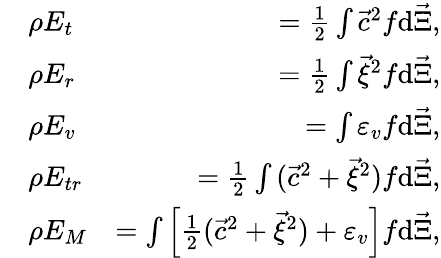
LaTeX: \begin{array}{rlr}&{\rho E_{t}}&{=\frac{1}{2}\int{{\vec{c}}^{2}f\mathrm{d}{\vec{\Xi}}},}\\ &{\rho E_{r}}&{=\frac{1}{2}\int{{\vec{\xi}}^{2}f\mathrm{d}\vec{\Xi}},}\\ &{\rho E_{v}}&{=\int{\varepsilon_{v}f\mathrm{d}\vec{\Xi}},}\\ &{\rho E_{tr}}&{=\frac{1}{2}\int{({\vec{c}}^{2}+{\vec{\xi}}^{2})f\mathrm{d}{\vec{\Xi}}},}\\ &{\rho E_{M}}&{=\int{\left[\frac{1}{2}({\vec{c}}^{2}+\vec{\xi}^{2})+\varepsilon_{v}\right]f\mathrm{d}\vec{\Xi}},}\end{array}